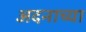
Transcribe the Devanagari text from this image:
अदनाच्या